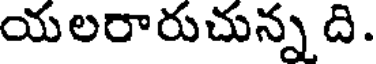
యలరారుచున్న ది.